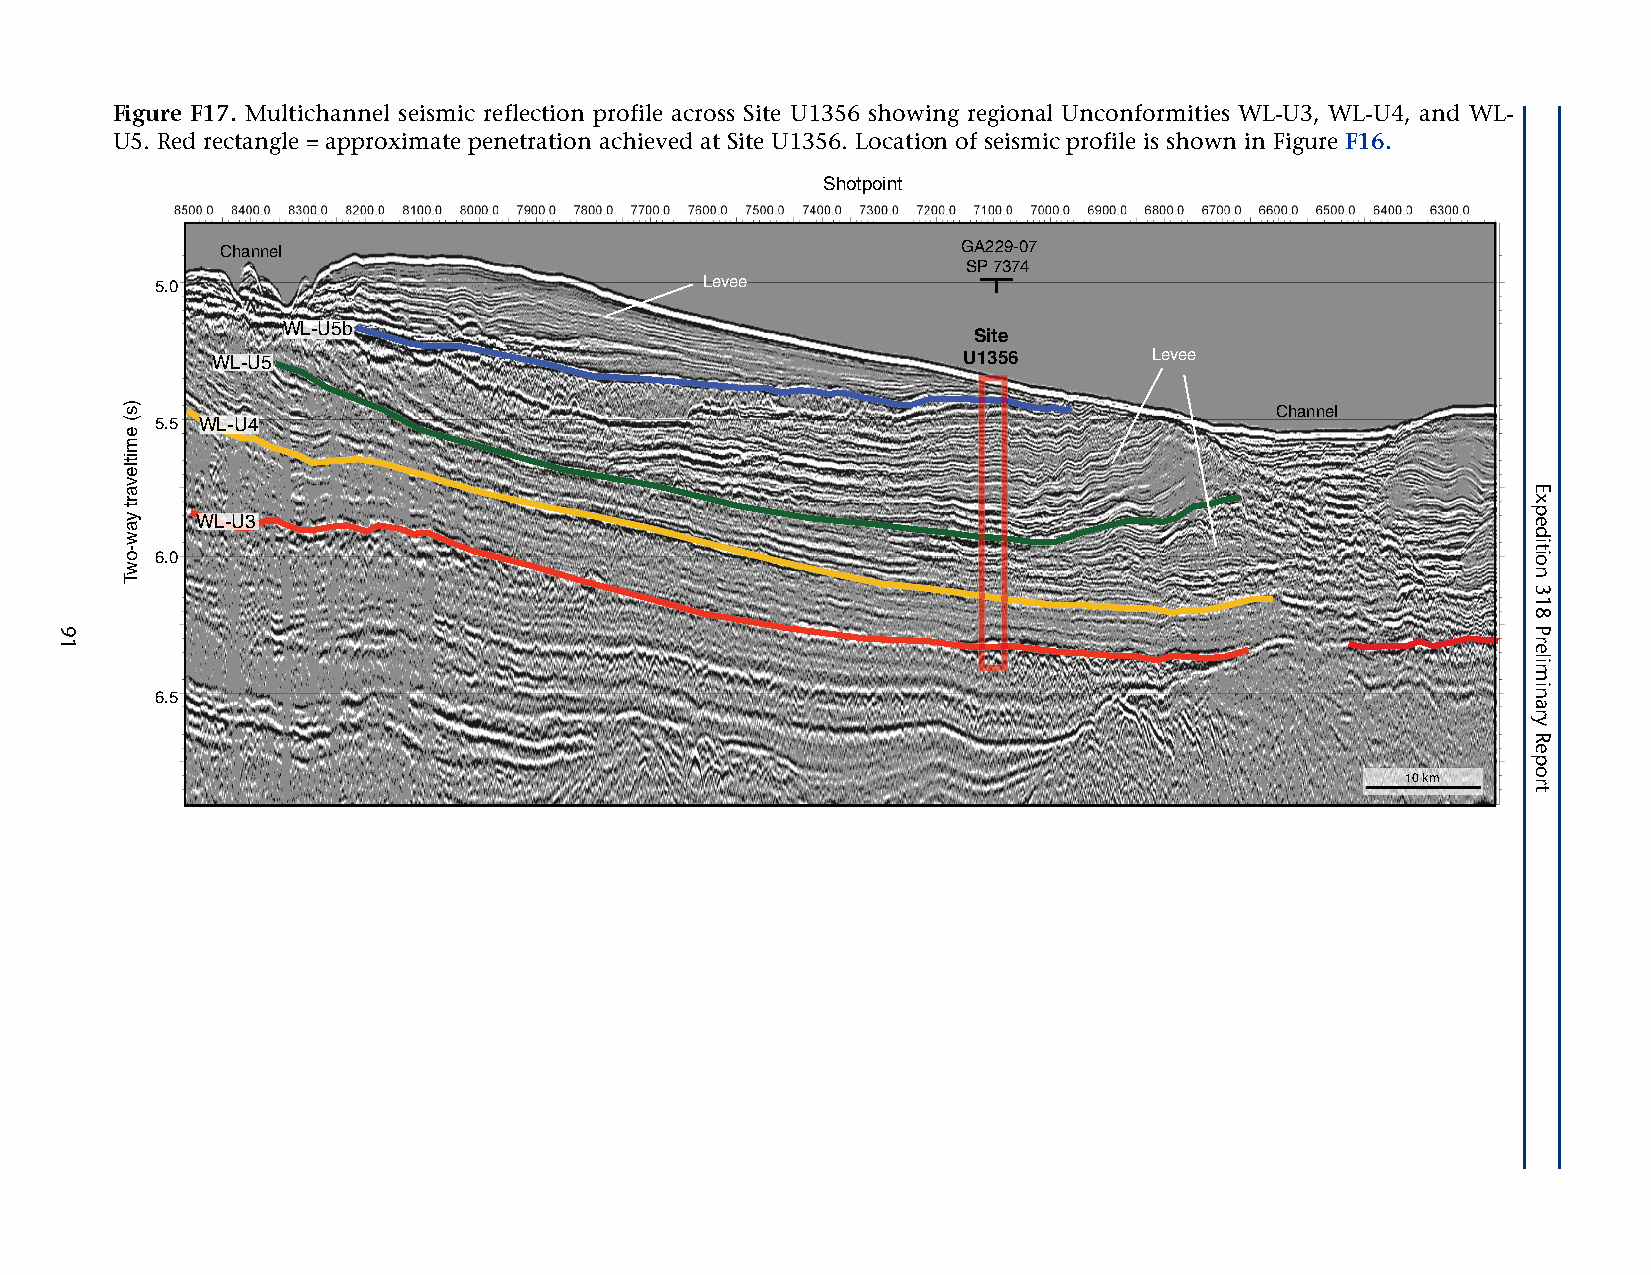
Figure F17. Multichannel seismic reflection profile across Site U1356 showing regional Unconformities WL-U3, WL-U4, and WL-
 U5. Red rectangle = approximate penetration achieved at Site U1356. Location of seismic profile is shown in Figure F16.
 Shotpoint
 Channel                                          GA229-07
 SP 7374
 5.0                                  Levee
 WL-U5b
 Site
 WL-U5                                             U1356       Levee
 Channel
 5.5 WL-U4
 WL-U3
 6.0
 6.5
 10 km
 91
 )s(
 emitlevart
 yaw-owT
 Expedition
 318
 Preliminary
 Report